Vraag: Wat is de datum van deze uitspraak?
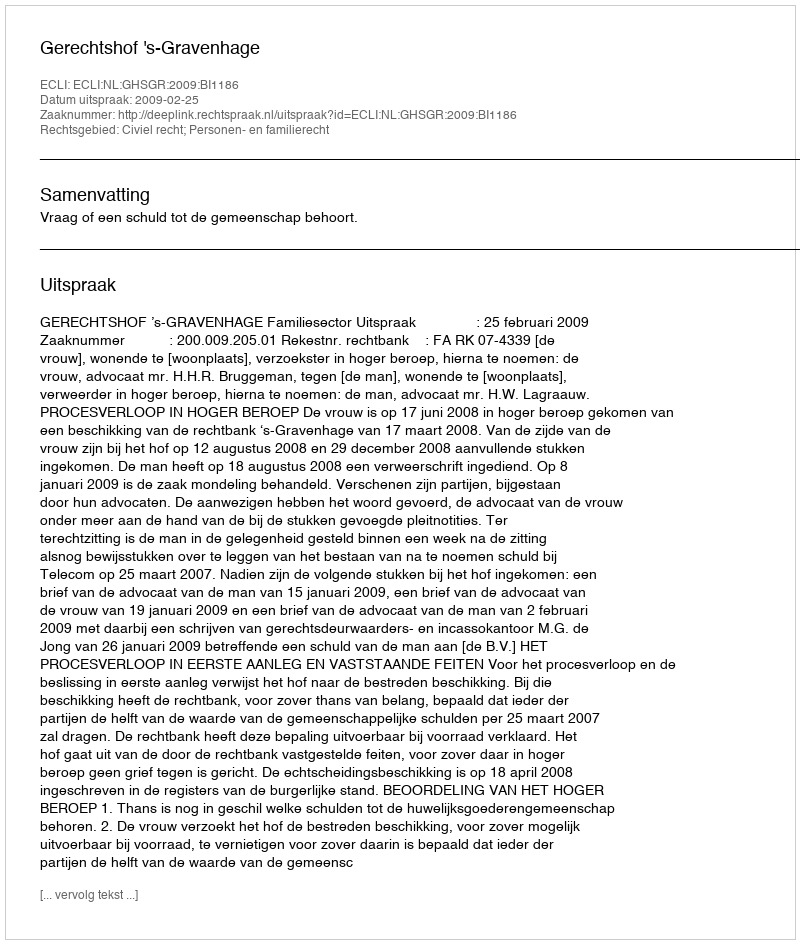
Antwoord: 2009-02-25